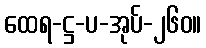
ထေရ-ဋ္ဌ-ပ-အုပ်-၂၆၀။